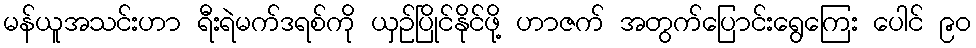
မန်ယူအသင်းဟာ ရီးရဲမက်ဒရစ်ကို ယှဉ်ပြိုင်နိုင်ဖို့ ဟာဇက် အတွက်ပြောင်းရွေကြေး ပေါင် ၉၀